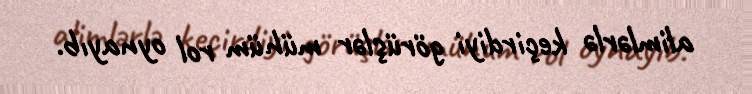
alimlərlə keçirdiyi görüşlər mühüm rol oynayıb.